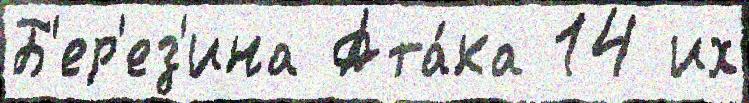
Б'ер'ез'ина Ата́ка 14 их